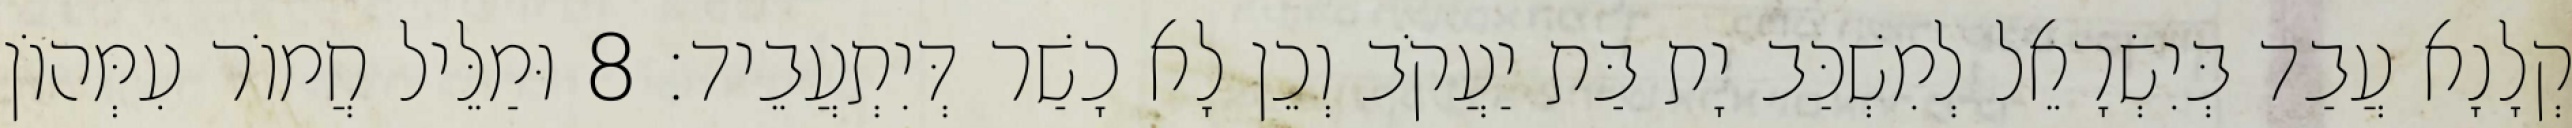
קְלָנָא עֲבַד בְּיִשְׂרָאֵל לְמִשְׁכַּב יָת בַּת יַעֲקֹב וְכֵן לָא כָשַׁר דְּיִתְעֲבֵיד׃ 8 וּמַלֵּיל חֲמוֹר עִמְּהוֹן